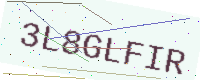
Text: 3L8GLFIR